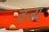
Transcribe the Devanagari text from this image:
वज्य